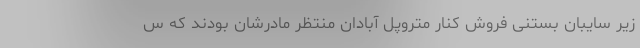
زیر سایبان بستنی فروش کنار متروپل آبادان منتظر مادرشان بودند که س